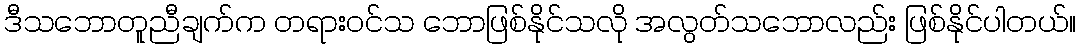
ဒီသဘောတူညီချက်က တရားဝင်သ ဘောဖြစ်နိုင်သလို အလွတ်သဘောလည်း ဖြစ်နိုင်ပါတယ်။